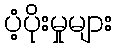
ပံ့ပိုးမှုများ